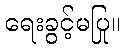
ရေးခွင့်မပြု။